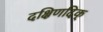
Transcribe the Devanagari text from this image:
दक्षिणदिक्